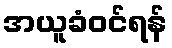
အယူခံဝင်ရန်